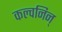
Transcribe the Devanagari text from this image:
कल्वनिन्